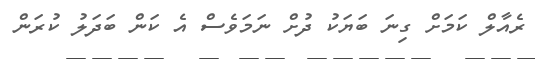
ރެއާލް ކަމަށް ގިނަ ބަަޔަކު ދުށް ނަމަވެސް އެ ކަން ބަދަލު ކުރަން